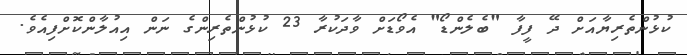
ކުޅުންތެރިޔާއަށް ދޭ ފީފާ "ބެލެންޑޯ" އެވޯޑަށް ވާދަކުރާ 23 ކުޅުންތެރިންގެ ނަން އިއުލާންކޮށްފިއެވެ.